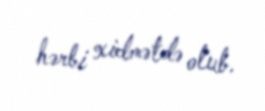
hərbi xidmətdə olub.